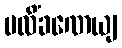
ပလိံခဏေယျ